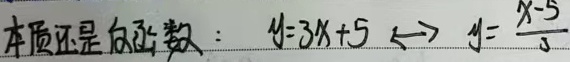
本质还是反函数： \(y = 3x + 5\ \longleftrightarrow\ y=\frac{x - 5}{3}\)